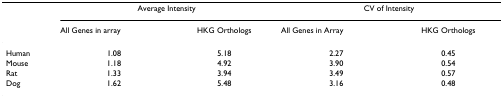
|  | <COLSPAN=2> Average Intensity | <COLSPAN=2> CV of Intensity |
 |  | All Genes in array | HKG Orthologs | All Genes in Array | HKG Orthologs |
 | --- | --- | --- | --- | --- |
 | Human | 1.08 | 5.18 | 2.27 | 0.45 |
 | Mouse | 1.18 | 4.92 | 3.90 | 0.54 |
 | Rat | 1.33 | 3.94 | 3.49 | 0.57 |
 | Dog | 1.62 | 5.48 | 3.16 | 0.48 |